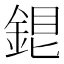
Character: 𨧏